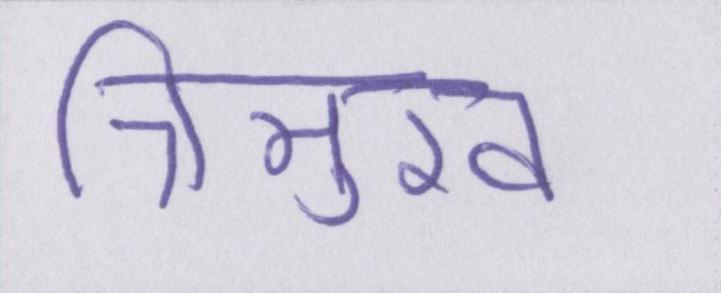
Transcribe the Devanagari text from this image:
त्रिमुख